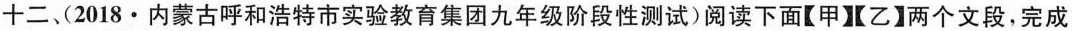
十二(2018·内蒙古呼和浩特市实验教育集团九年级阶段性测试)阅读下面【甲】【乙】两个文段，完成